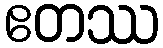
ဧတဿ